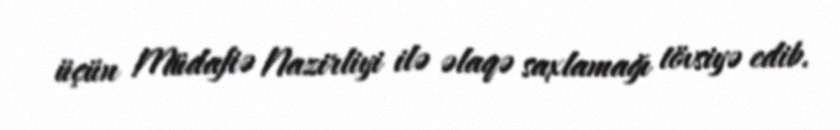
üçün Müdafiə Nazirliyi ilə əlaqə saxlamağı tövsiyə edib.